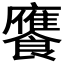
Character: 𮩕